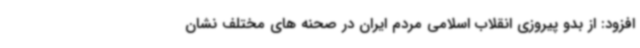
افزود: از بدو پیروزی انقلاب اسلامی مردم ایران در صحنه های مختلف نشان